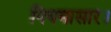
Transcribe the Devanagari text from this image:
नियमासार।